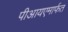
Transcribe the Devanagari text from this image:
पीआयएमार्फत